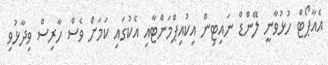
އެއާޕޯޓް ހުޅުވާނީ ލޭންޑް ނައިޓިން އިކުއިޕްމަންޓާއި އެކުގައި ކަމަށް ވެސް ހާރިސް ވިދާޅުވި